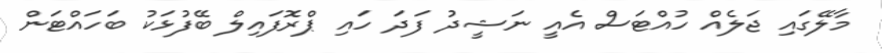
މާލޭގައި ޖަލެއް ހުއްޓަސް އެއީ ނަޝީދު ފަދަ ހައި ޕްރޮފައިލް ބޭފުޅަކު ބަހައްޓަން